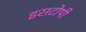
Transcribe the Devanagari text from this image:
इसटोपी